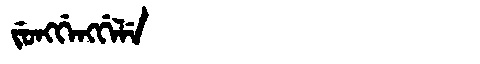
Manchu: ᠵᡠᠩᡤᡝᠩᡤᡝᠯᡝ
Romanization: JUNGGENGGELE